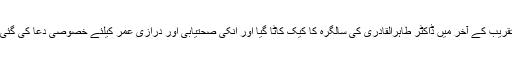
تقریب کے آخر میں ڈاکٹر طاہرالقادری کی سالگرہ کا کیک کاٹا گیا اور انکی صحتیابی اور درازی عمر کیلئے خصوصی دعا کی گئی۔